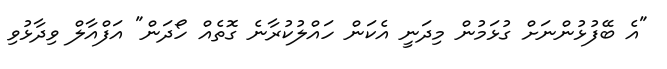
"އެ ބޭފުޅުންނަށް ގުޅަމުން މިދަނީ އެކަން ހައްލުކުރާނެ ގޮތެއް ހޯދަން" އަފްއާލް ވިދާޅުވި